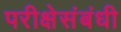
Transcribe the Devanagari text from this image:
परीक्षेसंबंधी